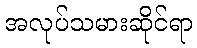
အလုပ်သမားဆိုင်ရာ